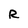
Character: R